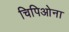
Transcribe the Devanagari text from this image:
चिपिओना